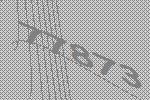
77873